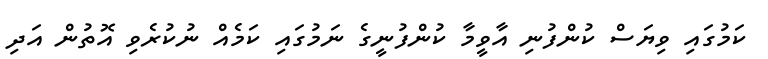
ކަމުގައި ވިޔަސް ކުންފުނި އާވީމާ ކުންފުނީގެ ނަމުގައި ކަމެއް ނުކުރެވި އޮތުން އަދި